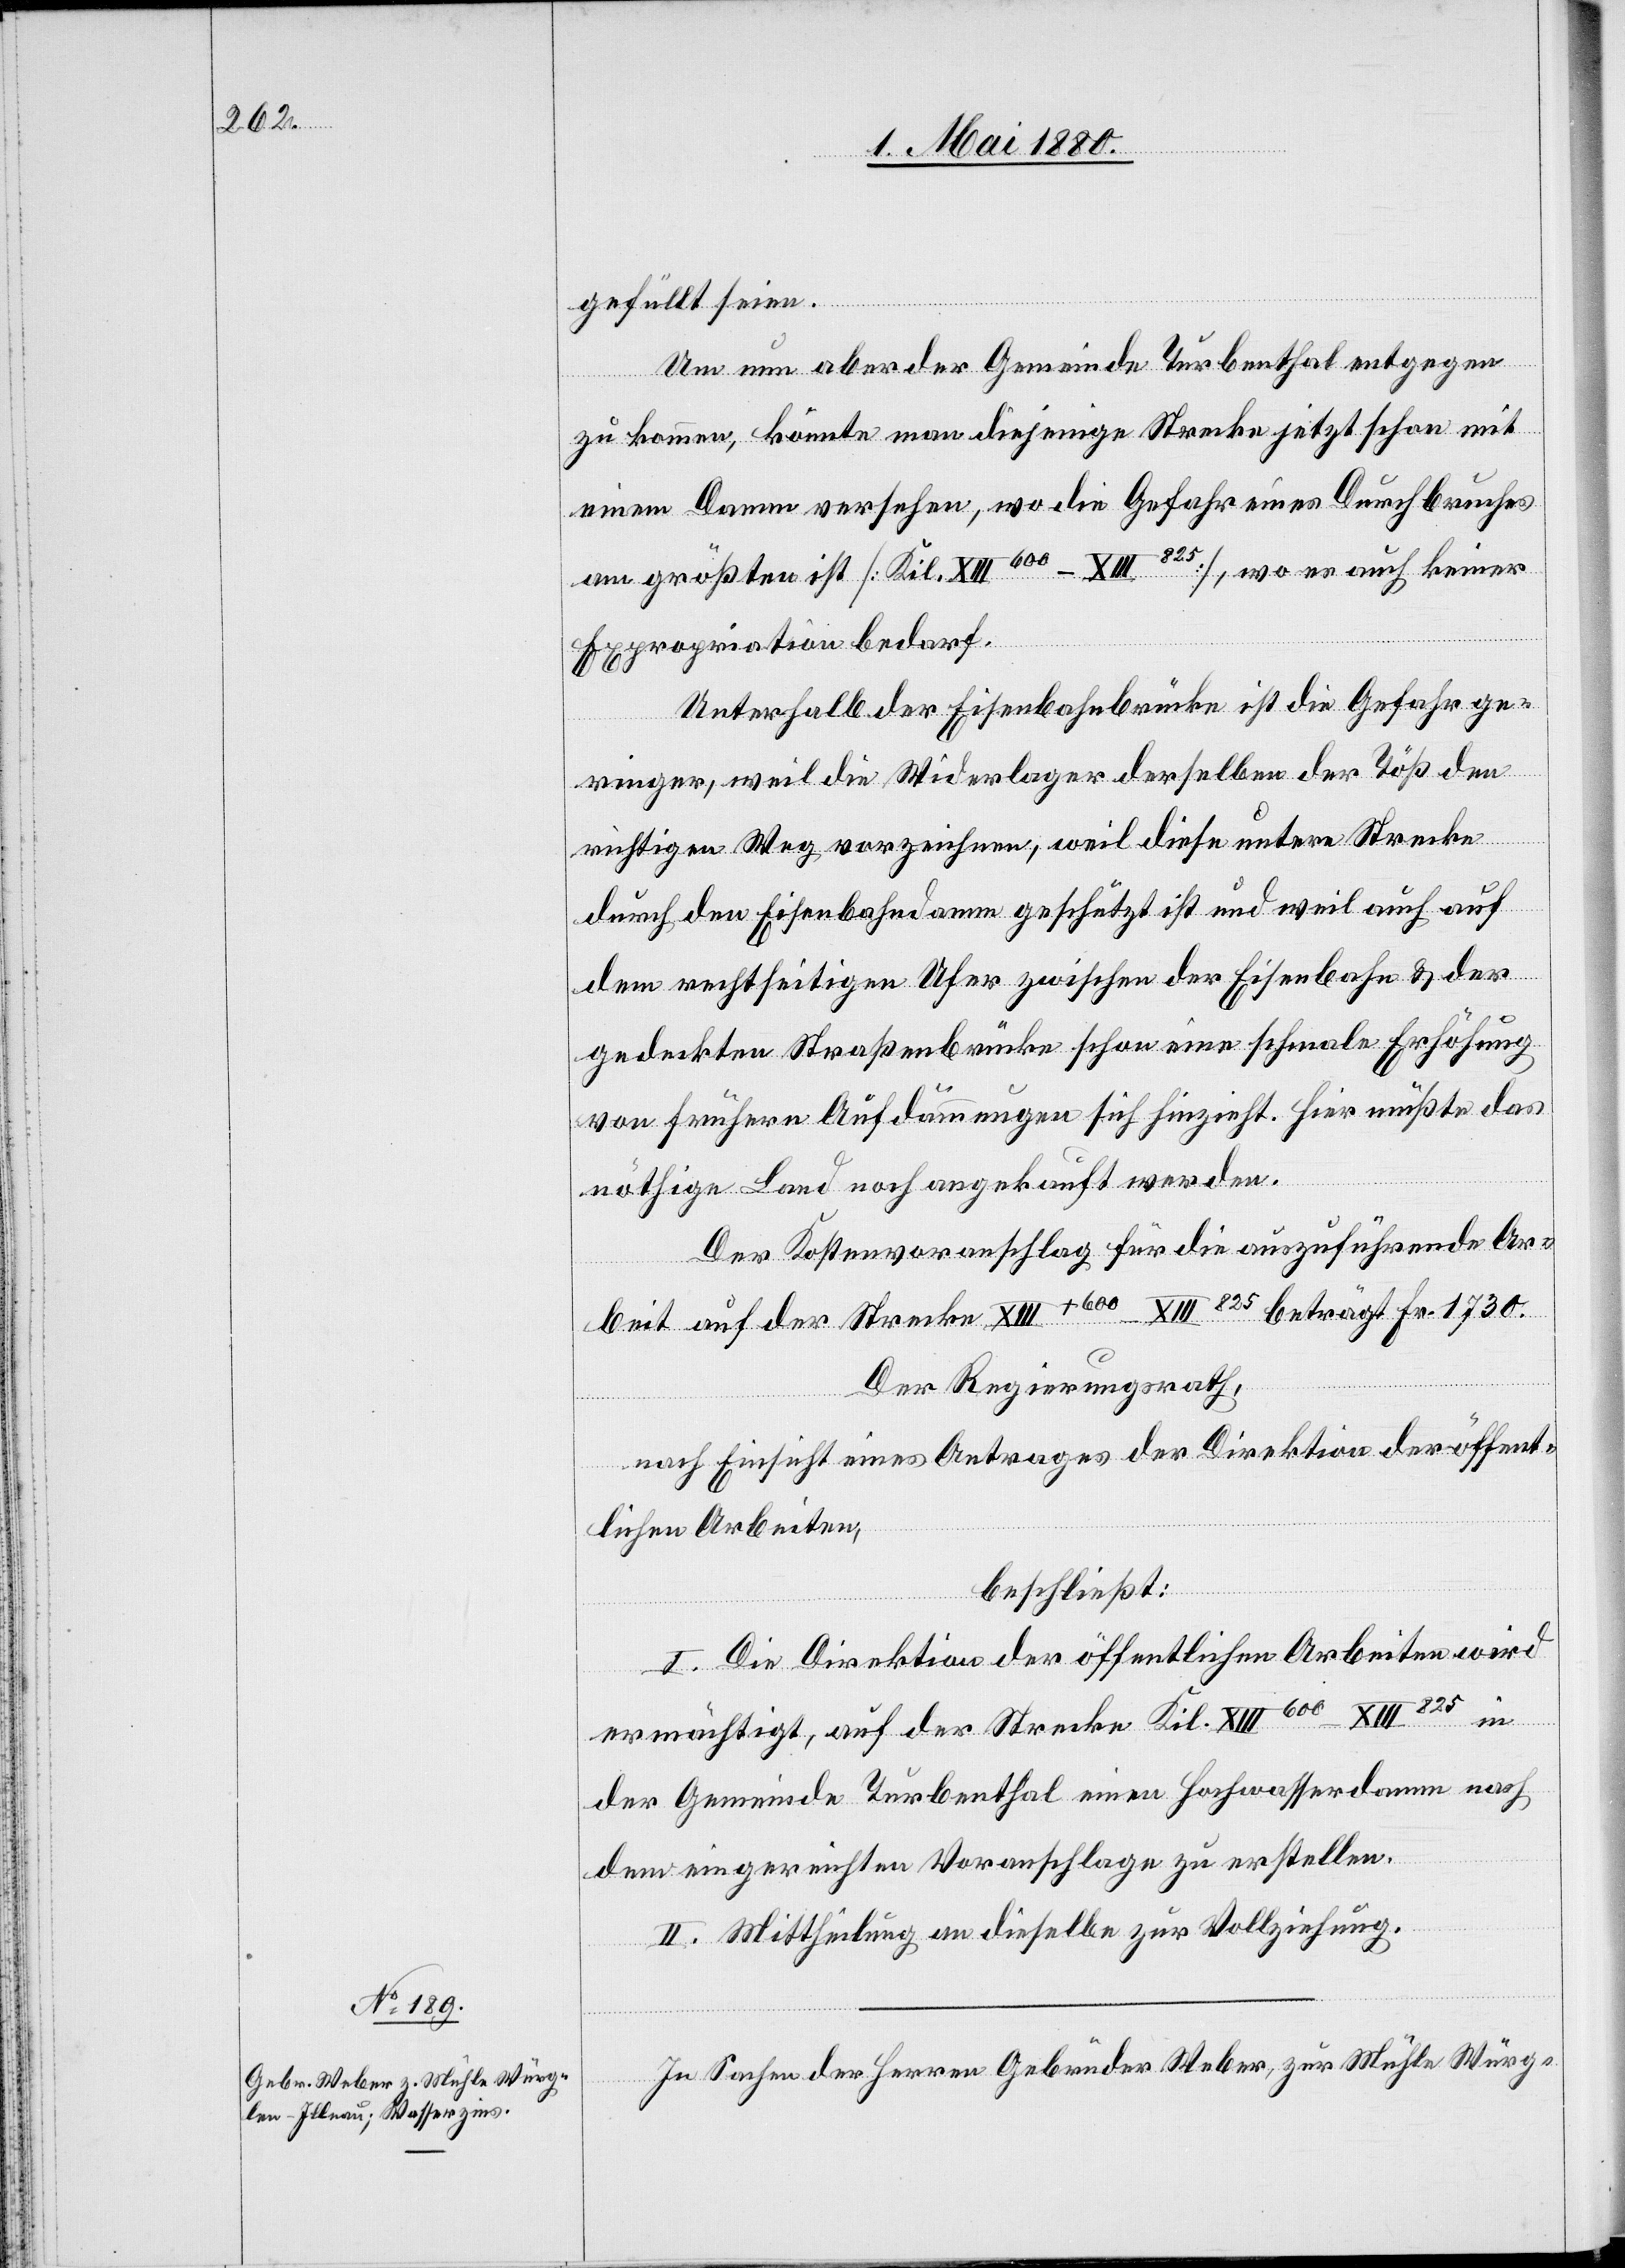
gefüllt seien.
Um nun aber der Gemeinde Turbenthal entgegen
zu kommen, könnte man diejenige Strecke jetzt schon mit
einem Damm versehen, wo die Gefahr eines Durchbruches
am größten ist [Kil. XIII600–XIII825], wo es auch keiner
Expropriation bedarf.
Unterhalb der Eisenbahnbrücke ist die Gefahr ge¬
ringer, weil die Widerlager derselben der Töß den
richtigen Weg vorzeichnen, weil diese untere Strecke
dem rechtseitigen Ufer zwischen der Eisenbahn & der
gedeckten Straßenbrücke schon eine schmale Erhöhung
von frühern Aufdammungen sich hinzieht. Hier müßte das
nöthige Land noch angekauft werden.
Der Kostenvoranschlag für die auszuführende Ar¬
beit auf der Strecke XIII+600–XIII825 beträgt Fr. 1730.
Der Regierungsrath,
nach Einsicht eines Antrages der Direktion der öffent¬
lichen Arbeiten,
beschließt:
I. Die Direktion der öffentlichen Arbeiten wird
ermächtigt, auf der Strecke Kil. XIII600–XIII825 in
der Gemeinde Turbenthal einen Hochwasserdamm nach
dem eingereichten Voranschlage zu erstellen.
II. Mittheilung an dieselbe zur Vollziehung.
In Sachen der Herren Gebrüder Weber, zur Mühle Würg-